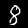
Digit: 8